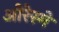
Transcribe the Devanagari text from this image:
ओरेस्मे